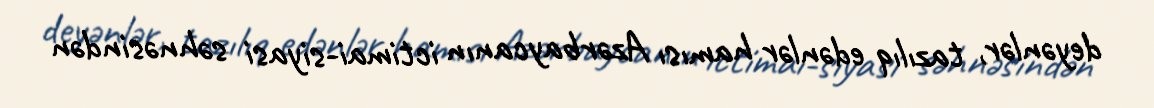
deyənlər, tazılıq edənlər hamısı Azərbaycanın ictimai-siyasi səhnəsindən